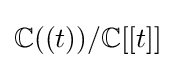
\mathbb {C} ((t))/\mathbb {C} [[t]]